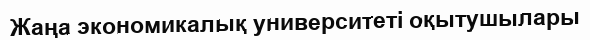
Жаңа экономикалық университеті оқытушылары